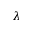
\lambda